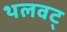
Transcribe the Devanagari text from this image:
थलवट्